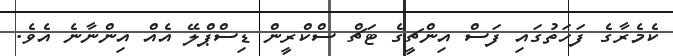
ކެމެރާގެ ފަހަތުގައި ފަސް އިންޗީގެ ޓަޗް ސްކްރީން ޑިސްޕްލޭ އެއް އިންނާނެ އެވެ.